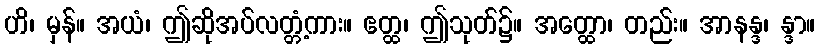
ဟိ၊ မှန်။ အယံ၊ ဤဆိုအပ်လတ္တံ့ကား။ ဧတ္ထ၊ ဤသုတ်၌။ အတ္ထော၊ တည်း။ အာနန္ဒ၊ န္ဒာ။